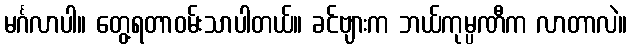
မင်္ဂလာပါ။ တွေ့ရတာဝမ်းသာပါတယ်။ ခင်ဗျားက ဘယ်ကုမ္ပဏီက လာတာလဲ။